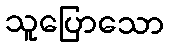
သူပြောသော